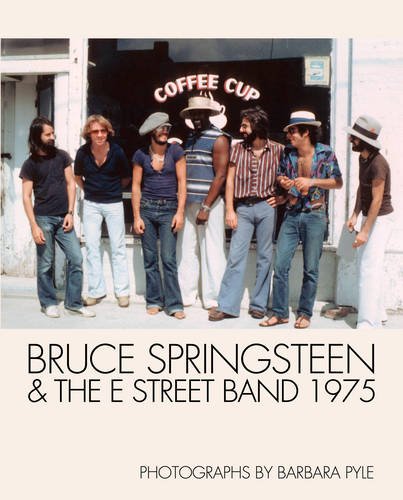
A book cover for Bruce Springsteen and the E Street Band 1975; Arts & Photography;